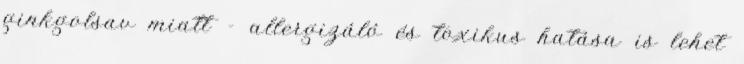
ginkgolsav miatt - allergizáló és toxikus hatása is lehet